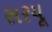
સરયૂ